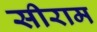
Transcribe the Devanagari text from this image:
सीराम